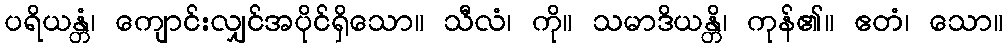
ပရိယန္တံ၊ ကျောင်းလျှင်အပိုင်ရှိသော။ သီလံ၊ ကို။ သမာဒိယန္တိ၊ ကုန်၏။ ဧတံ၊ သော။